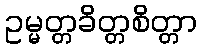
ဥမ္မတ္တခိတ္တစိတ္တာ